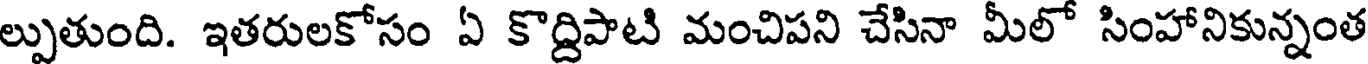
ల్పుతుంది. ఇతరులకోసం ఏ కొద్దిపాటి మంచిపని చేసినా మీలో సింహానికున్నంత